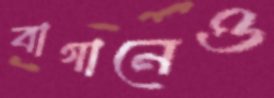
বাগানেও